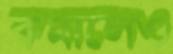
কমালেও